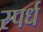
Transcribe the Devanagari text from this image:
स्पर्ध